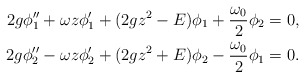
\begin{align*} 2g\phi''_1+\omega z\phi'_1+(2g z^2-E)\phi_1 +\frac{\omega_0}{2}\phi_2 &= 0,\\ 2g\phi''_2-\omega z\phi'_2+(2g z^2+E)\phi_2 -\frac{\omega_0}{2}\phi_1 &= 0. \end{align*}